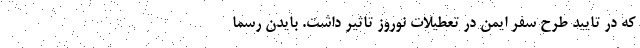
که در تایید طرح سفر ایمن در تعطیلات نوروز تاثیر داشت. بایدن رسما